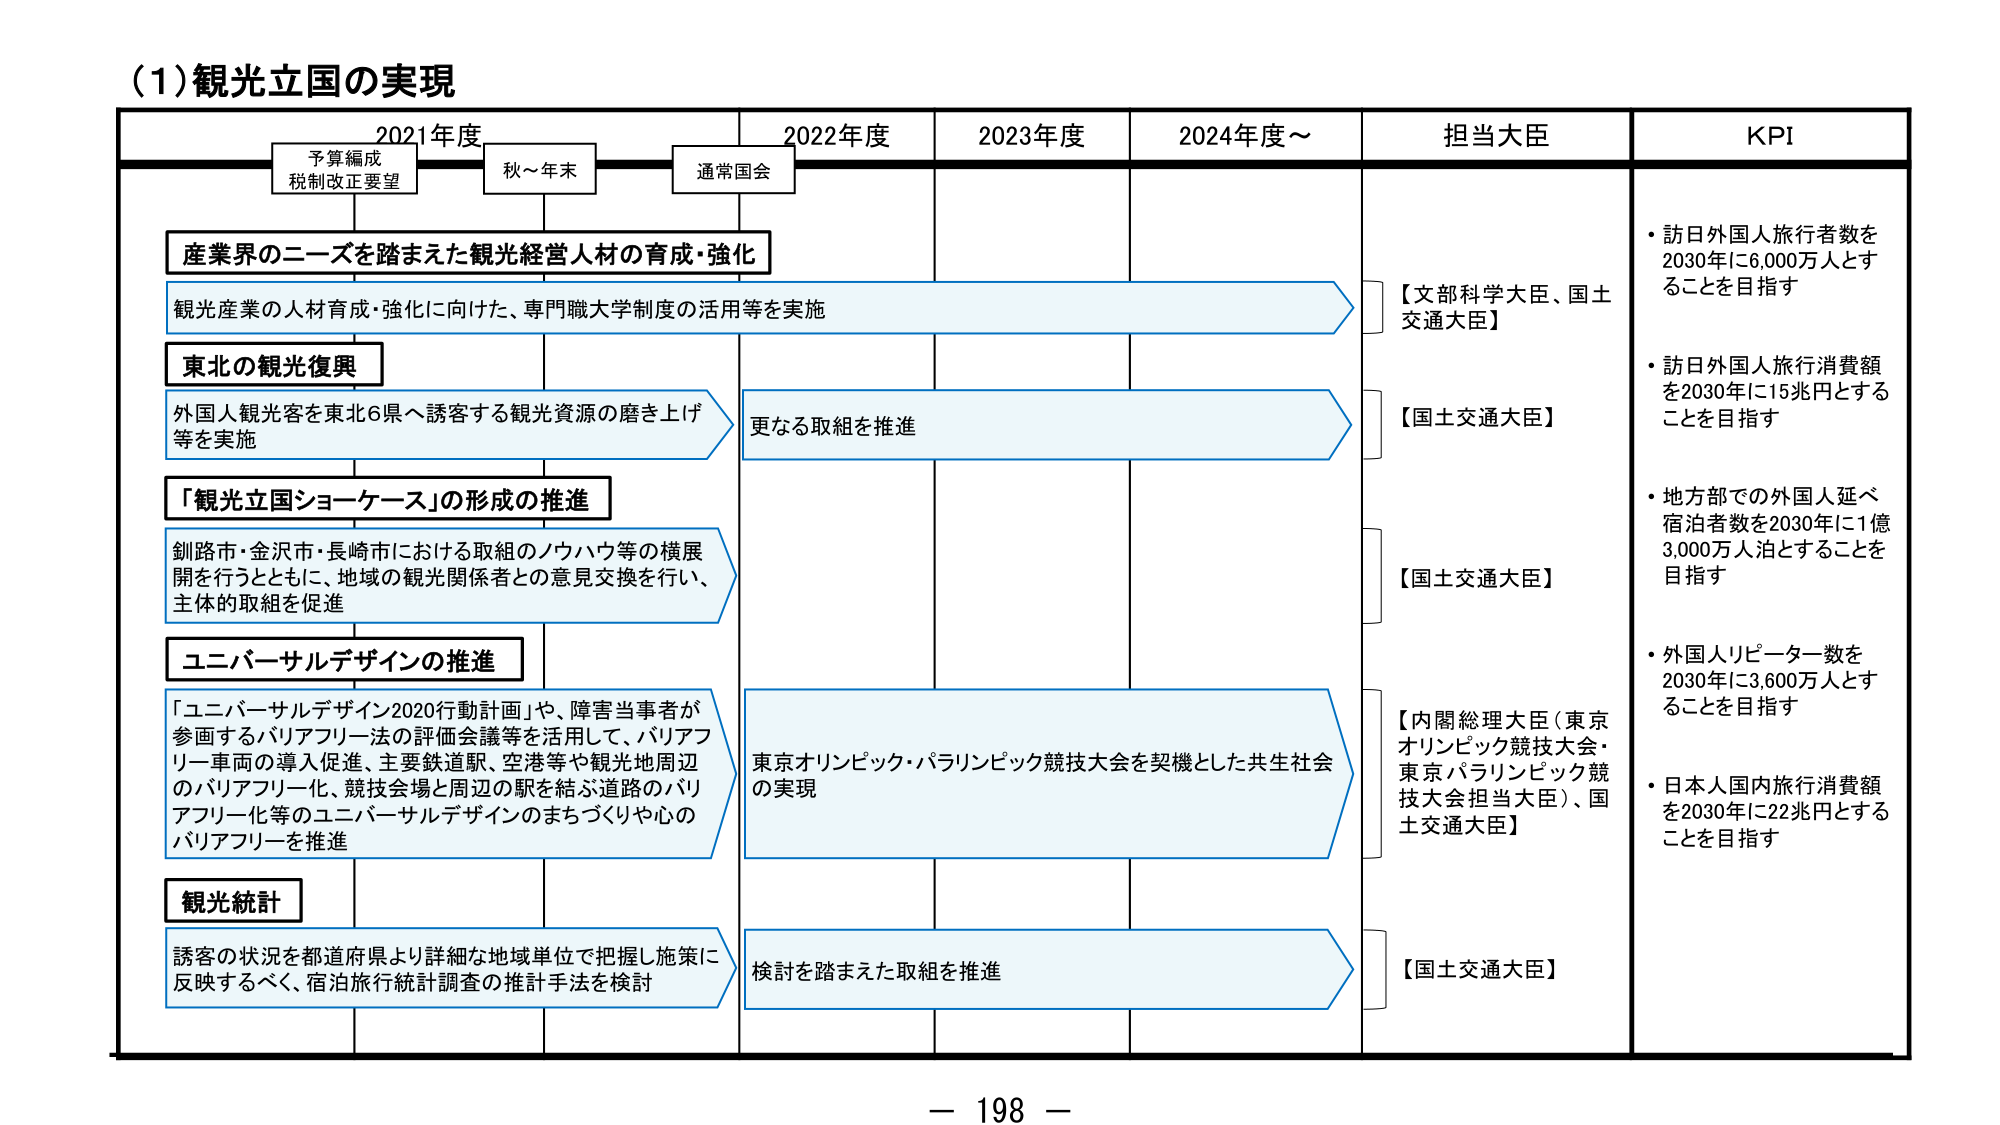
(1) 観光立国の実現

2021年度　　　　　2022年度　　　　　2023年度　　　　　2024年度～

予算編成　　　　　秋～年末　　　　　通常国会
税制改正要望

産業界のニーズを踏まえた観光経営人材の育成・強化
観光産業の人材育成・強化に向けた、専門職大学制度の活用等を実施

東北の観光復興
外国人観光客を東北6県へ誘客する観光資源の磨き上げ等を実施
更なる取組を推進

「観光立国ショーケース」の形成の推進
釧路市・金沢市・長崎市における取組のノウハウ等の横展開を行うとともに、地域の観光関係者との意見交換を行い、主体的取組を促進

ユニバーサルデザインの推進
「ユニバーサルデザイン2020行動計画」や、障害当事者が参画するバリアフリー法の評価会議等を活用して、バリアフリー車両の導入促進、主要鉄道駅、空港等や観光地周辺のバリアフリー化、競技会場と周辺の駅を結ぶ道路のバリアフリー化等のユニバーサルデザインのまちづくりや心のバリアフリーを推進
東京オリンピック・パラリンピック競技大会を契機とした共生社会の実現

観光統計
誘客の状況を都道府県より詳細な地域単位で把握し施策に反映するべく、宿泊旅行統計調査の推計手法を検討
検討を踏まえた取組を推進

担当大臣
【文部科学大臣、国土交通大臣】
【国土交通大臣】
【国土交通大臣】
【内閣総理大臣（東京オリンピック競技大会・東京パラリンピック競技大会担当大臣）、国土交通大臣】
【国土交通大臣】

KPI
・訪日外国人旅行者数を2030年に6,000万人とすることを目指す
・訪日外国人旅行消費額を2030年に15兆円とすることを目指す
・地方部での外国人延べ宿泊者数を2030年に1億3,000万人泊とすることを目指す
・外国人リピーター数を2030年に3,600万人とすることを目指す
・日本人国内旅行消費額を2030年に22兆円とすることを目指す

－ 198 －